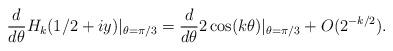
LaTeX: \begin{align*}\frac{d}{d\theta} H_k(1/2 + iy)\vert_{\theta = \pi/3} = \frac{d}{d \theta} 2 \cos(k \theta) \vert_{\theta = \pi/3} + O( 2^{-k/2}).\end{align*}